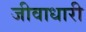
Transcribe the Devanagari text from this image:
जीवाधारी